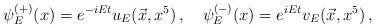
LaTeX: \begin{align*}\psi_{E}^{(+)}(x)=e^{-iEt}u_{E}(\vec{x},x^{5})\,,\quad \psi_{E}^{(-)}(x)=e^{iEt}v_{E}(\vec{x},x^{5})\,,\end{align*}